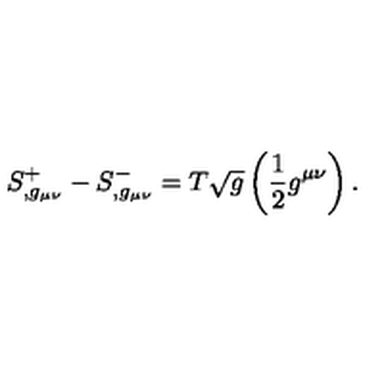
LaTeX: S _ { , g _ { \mu \nu } } ^ { + } - S _ { , g _ { \mu \nu } } ^ { - } = T \sqrt { g } \left( \frac { 1 } { 2 } g ^ { \mu \nu } \right) .